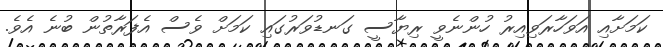
ކަމަށާއި އަވަހާރަވިއިރު ހުންނެވީ ރިޔާސީ ގަނޑުވަރުގައި ކަމަށް ވެސް އެފަރާތުން ބުނެ އެވެ.